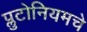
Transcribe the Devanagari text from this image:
प्लुटोनियमचे